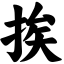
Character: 挨